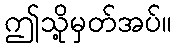
ဤသို့မှတ်အပ်။